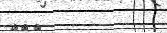
١٠٨